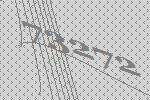
73272